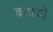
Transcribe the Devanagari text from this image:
बढायो